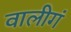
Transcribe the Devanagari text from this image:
वालीगं